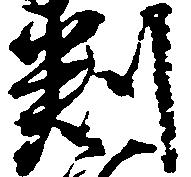
判